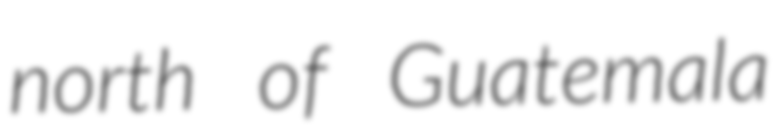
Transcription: north of Guatemala